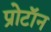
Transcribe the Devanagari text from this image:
प्रोटाॅन